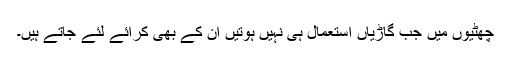
چھٹیوں میں جب گاڑیاں استعمال ہی نہیں ہوتیں ان کے بھی کرائے لئے جاتے ہیں۔